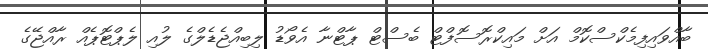
ބާއްވައިފިމެކްސްކޮމް އަށް މައިކްރޮސޮފްޓް ބެސްޓް ޕާޓްނާ އެވޯޑު ލިބިއްޖެޑެލްގެ ލުއި ލެޕްޓޮޕެއް ރާއްޖޭގެ